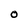
Character: 0